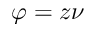
\varphi = z \nu